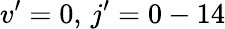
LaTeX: v^{\prime}=0,\, j^{\prime}=0-14